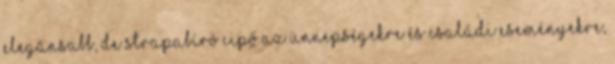
elegánsabb, de strapabíró cipő az ünnepségekre és családi eseményekre,